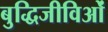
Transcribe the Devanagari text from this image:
बुद्धिजीविओं